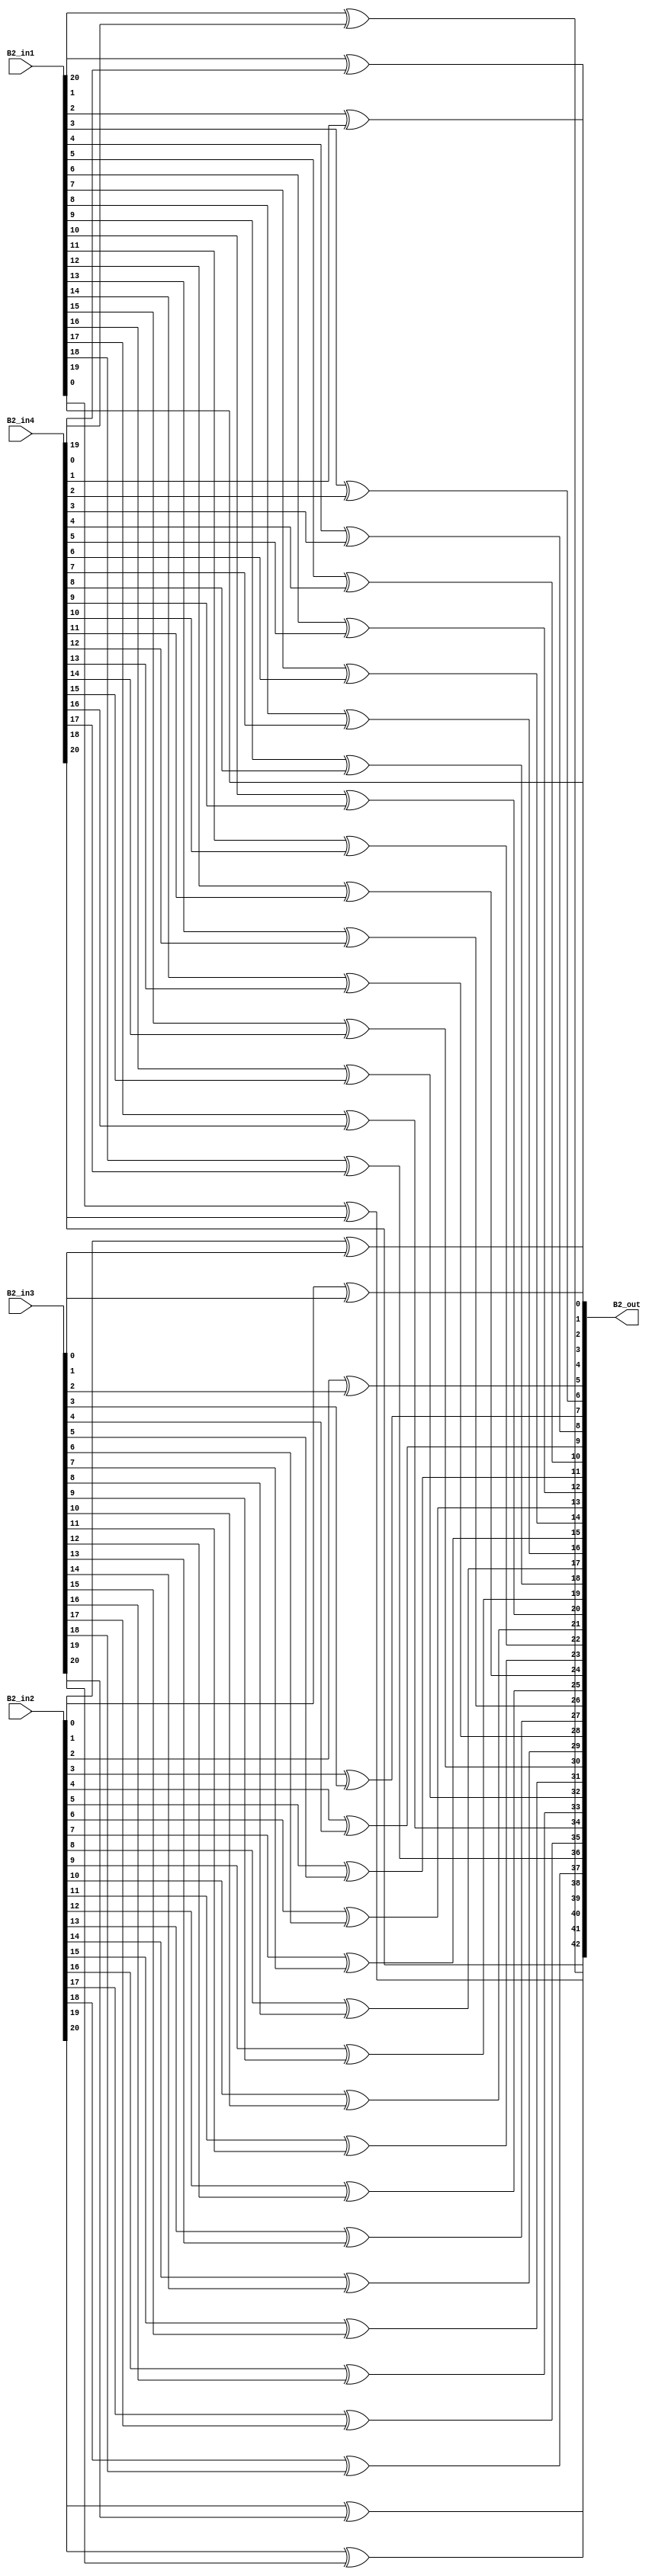
module overlap_module_21bit(
    B2_in1,
    B2_in2,
    B2_in3,
    B2_in4,
    B2_out
    );


parameter n = 22;

input [n-2:0] B2_in1;
input [n-2:0] B2_in2;
input [n-2:0] B2_in3;
input [n-2:0] B2_in4;

output [2*n-2:0] B2_out;

assign B2_out[0] = B2_in1[0];

assign B2_out[2] = B2_in1[1]^B2_in4[0];

assign B2_out[4] = B2_in1[2]^B2_in4[1];

assign B2_out[6] = B2_in1[3]^B2_in4[2];

assign B2_out[8] = B2_in1[4]^B2_in4[3];

assign B2_out[10] = B2_in1[5]^B2_in4[4];

assign B2_out[12] = B2_in1[6]^B2_in4[5];

assign B2_out[14] = B2_in1[7]^B2_in4[6];

assign B2_out[16] = B2_in1[8]^B2_in4[7];

assign B2_out[18] = B2_in1[9]^B2_in4[8];

assign B2_out[20] = B2_in1[10]^B2_in4[9];

assign B2_out[1] = B2_in2[0]^B2_in3[0];

assign B2_out[3] = B2_in2[1]^B2_in3[1];

assign B2_out[5] = B2_in2[2]^B2_in3[2];

assign B2_out[7] = B2_in2[3]^B2_in3[3];

assign B2_out[9] = B2_in2[4]^B2_in3[4];

assign B2_out[11] = B2_in2[5]^B2_in3[5];

assign B2_out[13] = B2_in2[6]^B2_in3[6];

assign B2_out[15] = B2_in2[7]^B2_in3[7];

assign B2_out[17] = B2_in2[8]^B2_in3[8];

assign B2_out[19] = B2_in2[9]^B2_in3[9];

assign B2_out[21] = B2_in2[10]^B2_in3[10];

assign B2_out[23] = B2_in2[11]^B2_in3[11];

assign B2_out[25] = B2_in2[12]^B2_in3[12];

assign B2_out[27] = B2_in2[13]^B2_in3[13];

assign B2_out[29] = B2_in2[14]^B2_in3[14];

assign B2_out[31] = B2_in2[15]^B2_in3[15];

assign B2_out[33] = B2_in2[16]^B2_in3[16];

assign B2_out[35] = B2_in2[17]^B2_in3[17];

assign B2_out[37] = B2_in2[18]^B2_in3[18];

assign B2_out[39] = B2_in2[19]^B2_in3[19];

assign B2_out[41] = B2_in2[20]^B2_in3[20];

assign B2_out[22] = B2_in1[11]^B2_in4[10];

assign B2_out[24] = B2_in1[12]^B2_in4[11];

assign B2_out[26] = B2_in1[13]^B2_in4[12];

assign B2_out[28] = B2_in1[14]^B2_in4[13];

assign B2_out[30] = B2_in1[15]^B2_in4[14];

assign B2_out[32] = B2_in1[16]^B2_in4[15];

assign B2_out[34] = B2_in1[17]^B2_in4[16];

assign B2_out[36] = B2_in1[18]^B2_in4[17];

assign B2_out[38] = B2_in1[19]^B2_in4[18];

assign B2_out[40] = B2_in1[20]^B2_in4[19];

assign B2_out[42] = B2_in4[20];

endmodule